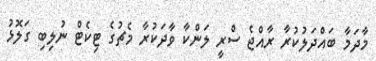
މާދަމާ ބައްދަލުކުރާ ރާއްޖެ ސްރީ ލަންކާ ވާދަކުރާ މެޗުގެ ޓިކެޓް ނުލިބި ގަލޮޅު